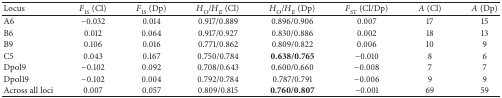
<table><thead><tr><td><b>Locus</b></td><td><b><i>F</i><sub>IS</sub> (Cl)</b></td><td><b><i>F</i><sub>IS</sub> (Dp)</b></td><td><b><i>H</i><sub><i>O</i></sub>/<i>H</i><sub><i>E</i></sub> (Cl)</b></td><td><b><i>H</i><sub><i>O</i></sub>/<i>H</i><sub><i>E</i></sub> (Dp)</b></td><td><b><i>F</i><sub>ST</sub> (Cl/Dp)</b></td><td><b><i>A</i> (Cl)</b></td><td><b><i>A</i> (Dp)</b></td></tr></thead><tbody><tr><td>A6</td><td>−0.032</td><td>0.014</td><td>0.917/0.889</td><td>0.896/0.906</td><td>0.007</td><td>17</td><td>15</td></tr><tr><td>B6</td><td>0.012</td><td>0.064</td><td>0.917/0.927</td><td>0.830/0.886</td><td>0.002</td><td>18</td><td>13</td></tr><tr><td>B9</td><td>0.106</td><td>0.016</td><td>0.771/0.862</td><td>0.809/0.822</td><td>0.006</td><td>10</td><td>9</td></tr><tr><td>C5</td><td>0.043</td><td>0.167</td><td>0.750/0.784</td><td><b>0.638/0.765</b></td><td>−0.010</td><td>8</td><td>6</td></tr><tr><td>Dpol9</td><td>−0.102</td><td>0.092</td><td>0.708/0.643</td><td>0.600/0.660</td><td>−0.008</td><td>7</td><td>7</td></tr><tr><td>Dpol19</td><td>−0.102</td><td>0.004</td><td>0.792/0.784</td><td>0.787/0.791</td><td>−0.006</td><td>9</td><td>9</td></tr><tr><td>Across all loci</td><td>0.007</td><td>0.057</td><td>0.809/0.815</td><td><b>0.760/0.807</b></td><td>−0.001</td><td>69</td><td>59</td></tr></tbody></table>